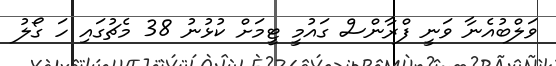
ވަލްބުއެނާ ވަނީ ފްރާންސް ގައުމީ ޓީމަށް ކުޅުނު 38 މެޗުގައި ހަ ގޯލު